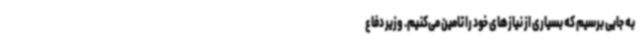
به جایی برسیم که بسیاری از نیازهای خود را تامین می‌کنیم. وزیر دفاع